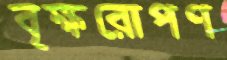
বৃক্ষরোপণ